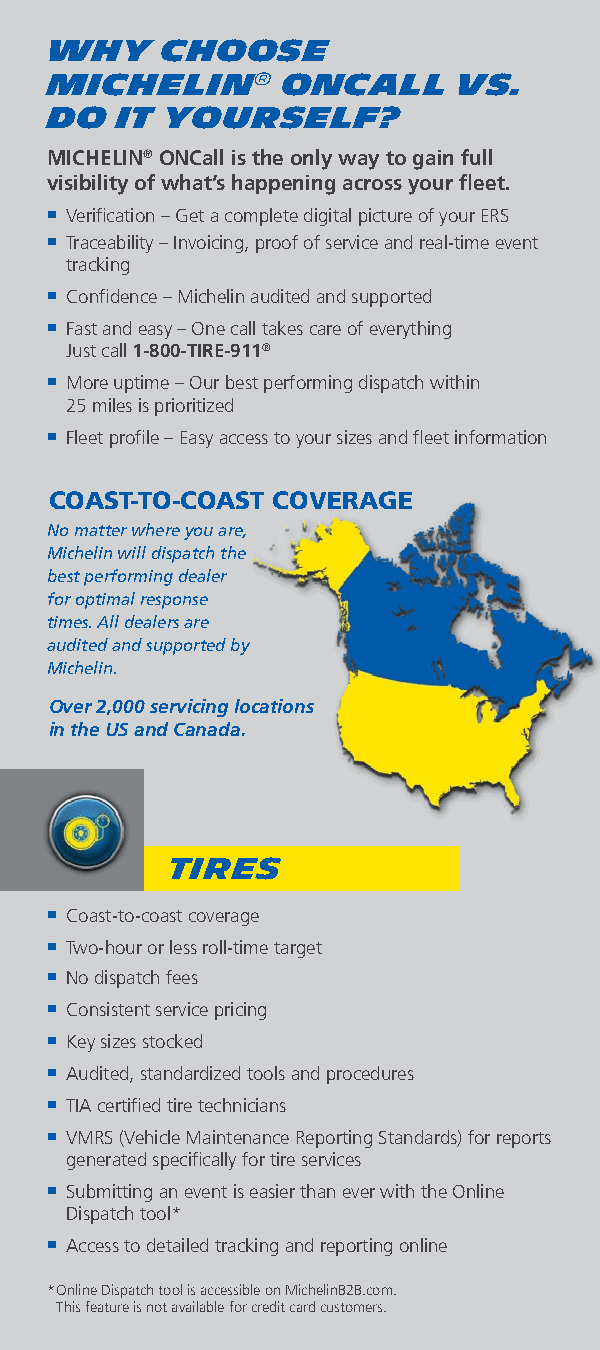
WHY     CHOOSE
 MICHELIN®       ONCALL     VS.
 DO   IT YOURSELF?
 MICHELIN® ONCall is the only way to gain full
 visibility of what’s happening across your fleet.
 Verification – Get a complete digital picture of your ERS
 
 Traceability – Invoicing, proof of service and real-time event
 
 tracking
 Confidence – Michelin audited and supported
 
 Fast and easy – One call takes care of everything
 
 Just call 1-800-TIRE-911®
 More uptime – Our best performing dispatch within
 
 25 miles is prioritized
 Fleet profile – Easy access to your sizes and fleet information
 
 COAST-TO-COAST COVERAGE
 No matter where you are,
 Michelin will dispatch the
 best performing dealer
 for optimal response
 times. All dealers are
 audited and supported by
 Michelin.
 Over 2,000 servicing locations
 in the US and Canada.
 TIRES
 Coast-to-coast coverage
 
 Two-hour or less roll-time target
 
 No dispatch fees
 
 Consistent service pricing
 
 Key sizes stocked
 
 Audited, standardized tools and procedures
 
 TIA certified tire technicians
 
 VMRS (Vehicle Maintenance Reporting Standards) for reports
 
 generated specifically for tire services
 Submitting an event is easier than ever with the Online
 
 Dispatch tool*
 Access to detailed tracking and reporting online
 
 * Online Dispatch tool is accessible on MichelinB2B.com.
 This feature is not available for credit card customers.